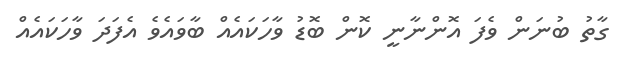
ގާތު ބުނަން ވެފަ އޮންނާނީ ކޮން ބޮޑު ވާހަކައެއް ބާވައެވެ އެފަދަ ވާހަކައެއް